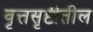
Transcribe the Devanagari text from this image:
वृत्तसृष्टीतील